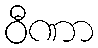
ဝီဏာ